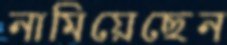
নামিয়েছেন